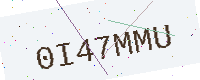
Text: 0I47MMU